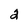
Character: 2